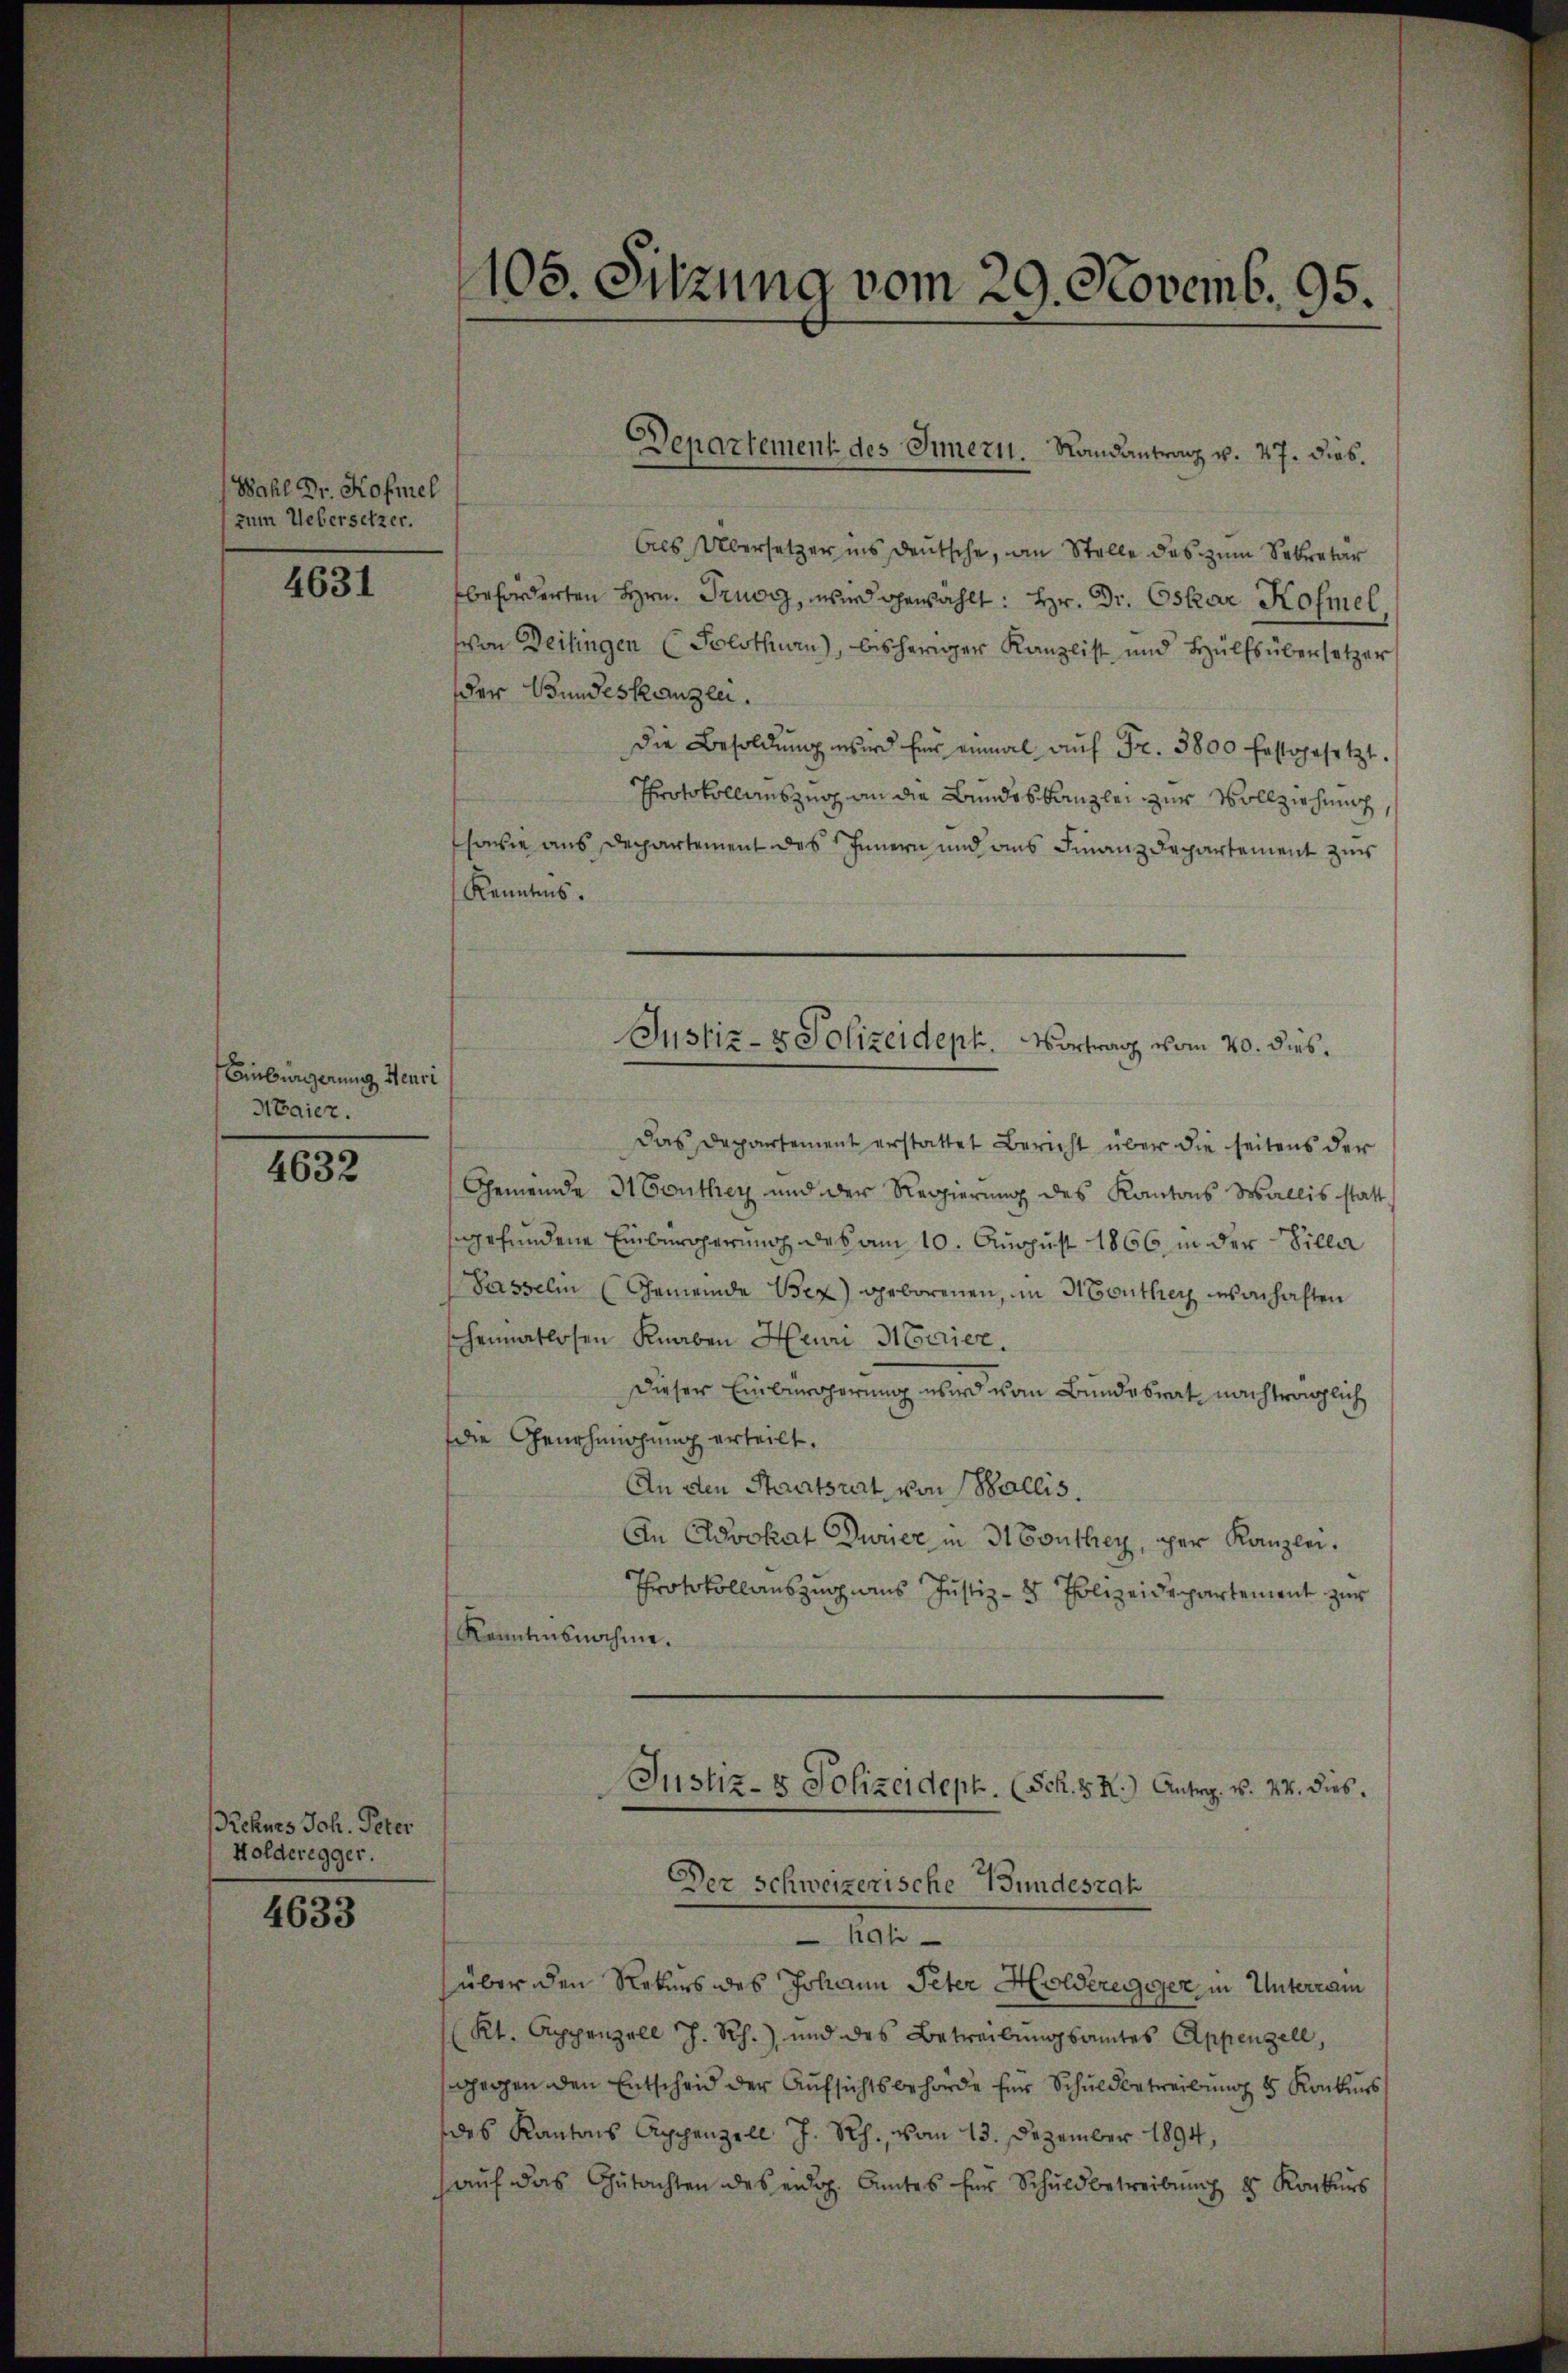
Wahl Dr. Kofiel
zum Uebersetzer.

4631

Einbürgerung Henri
Haier.

4632

Rehnes Joh. Peter
Holderegger.

4633

105. Sitzung vom 29. Novemb. 95.

Als Übersetzer ins deutsche, an Stelle das zum Sekretär
beförderten Hrn. Prugg, wird gewählt: Hr. Dr. Oskar Kofmel,
von Deisingen (Solothurn), bisheriger Kanzlist und Hülfsübersetzer
der Bundeskanzlei.
die Besoldung wird für einmal auf Fr. 3800 festgesetzt.
Protokollauszug an die Bundeskanzlei zur Vollziehung,
sowie aus Departement des Innern und aus Finanzdepartement zur
Kenntens.
Das Departement erstattet Bericht über die seitens der
Gemeinde Monthey und der Regierung des Kantons Wallis statt
gefundene Einbürcherung des am 10. August 1866 in der Sillar
Passelin (Gemeinde Bex) geborenen, im Monthey von haften
heimatlosen Knaben Hein Marier.
Dieser Einbürgerung wird vom Bundesrat nachträglich
die Genehmigung erteilt.
An den Staatsrat von Wallis,
An Advokat Durier in 3t Conthey, per Kanzlei.
Protokollauszug aus Justiz- & Polizeidepartement zur
Kenntnisnahme.
Justiz- & Polizeideph. (Sch. S. R.) Antrag. v. 24. dies.
Der Schweizerische Wundesrat
Agli
über den Rekurs des Johann Peter Hilderegger in Unterram
Kt. Appenzell J. Rh. und des Betreibungsamtes Appenzell,
gegen den Entscheid der Aufsichtsbehörde für Schuldbetreibung 5 Konkurs
des Kantons Appenzell J. Rh., vom 13. Dezember 1894,
aŭf das Gutachten des eidg. Amtes für Schuldbetreibung 8 Konkurs

Departement des Innern. Randantranz u. 47. dies.

Justiz- & Polizeideph. Vortrag vom 20. dies.